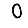
Digit: 0